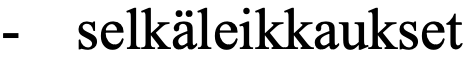
-  selkäleikkaukset